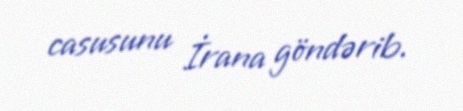
casusunu İrana göndərib.